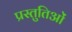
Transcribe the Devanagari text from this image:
प्रस्तुतिओं